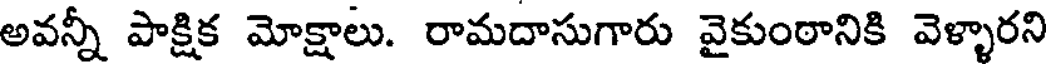
అవన్నీ పాక్షిక మోక్షాలు. రామదాసుగారు వైకుంఠానికి వెళ్ళారని